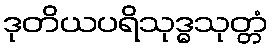
ဒုတိယပရိသုဒ္ဓသုတ္တံ